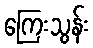
ကြေးသွန်း